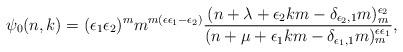
LaTeX: \begin{align*} \psi_0(n,k)=(\epsilon_1\epsilon_2)^mm^{m (\epsilon\epsilon_1-\epsilon_2)} \frac{(n+\lambda+\epsilon_2km-\delta_{\epsilon_2,1}m)_{m}^{\epsilon_2}}{(n+\mu+\epsilon_1 km-\delta_{\epsilon_1,1}m)_{m}^{\epsilon\epsilon_1}}, \end{align*}